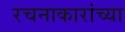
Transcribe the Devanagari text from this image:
रचनाकारांच्या